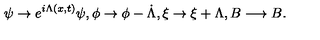
\psi \rightarrow e ^ { i \Lambda ( x , t ) } \psi , \phi \rightarrow \phi - \dot { \Lambda } , \xi \rightarrow \xi + \Lambda , B \longrightarrow B .